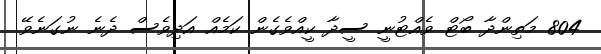
804 މަތިންދާ ބޯޓް ވެއްޓުނީ ސީދާ ކީއްވެގެން ކަމެއް އަދިވެސް ދެނެ ނުގަނެވޭ